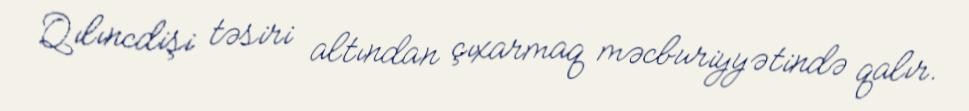
Qılıncdişi təsiri altından çıxarmaq məcburiyyətində qalır.